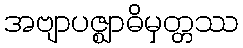
အဗျာပဇ္ဈာဓိမှတ္တဿ